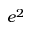
e ^ { 2 }